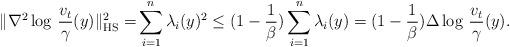
LaTeX: \begin{align*}\|\nabla^2 \log\, \frac{v_t}{\gamma}(y) \|_{\mathrm{HS}}^2=&\sum_{i=1}^n \lambda_i(y)^2\le(1-\frac1\beta) \sum_{i=1}^n \lambda_i(y)=(1-\frac1\beta) \Delta \log\, \frac{v_t}{\gamma}(y).\end{align*}